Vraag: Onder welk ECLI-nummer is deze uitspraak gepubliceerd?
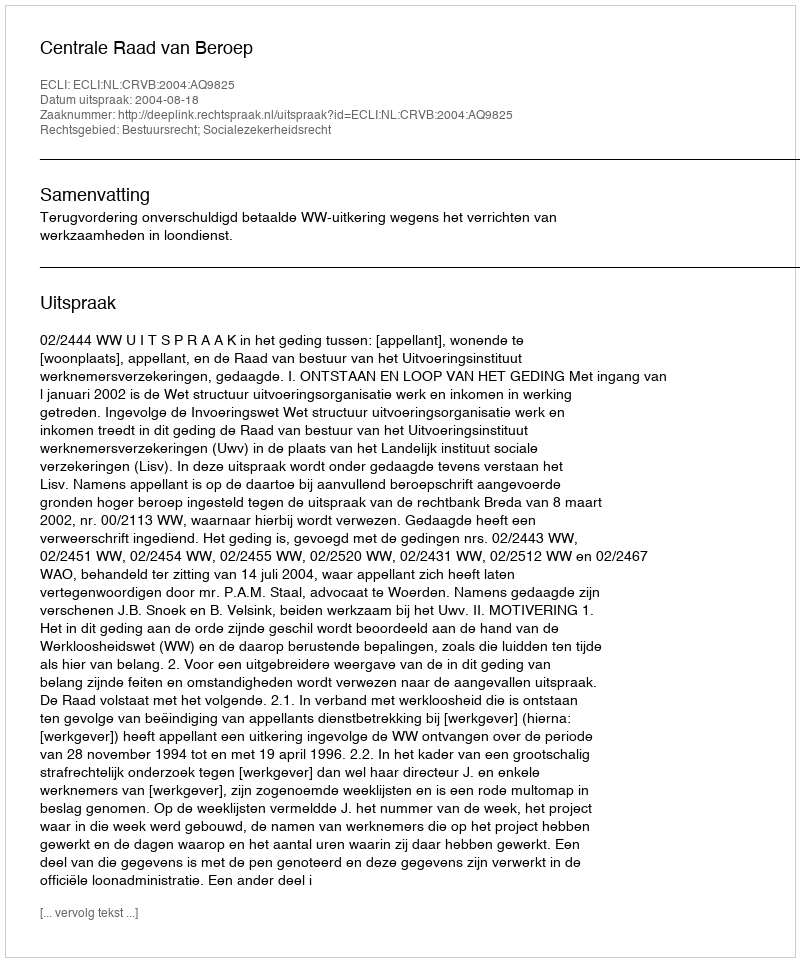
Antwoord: ECLI:NL:CRVB:2004:AQ9825